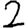
Digit: 2